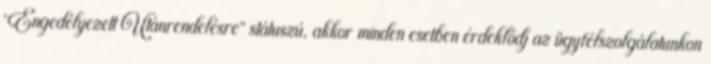
“Engedélyezett Utánrendelésre” státuszú, akkor minden esetben érdeklődj az ügyfélszolgálatunkon